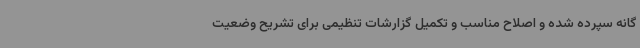
گانه سپرده شده و اصلاح مناسب و تکمیل گزارشات تنظیمی برای تشریح وضعیت